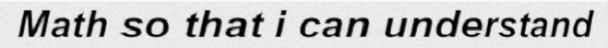
Math so that i can understand